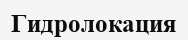
Гидролокация